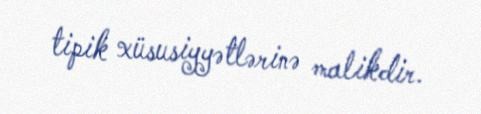
tipik xüsusiyyətlərinə malikdir.